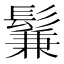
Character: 鬑